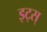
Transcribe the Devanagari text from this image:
इट्स्